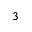
^ 3